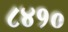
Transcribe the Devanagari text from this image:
८४१०